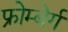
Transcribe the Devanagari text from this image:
फ्रोम्बेर्ग